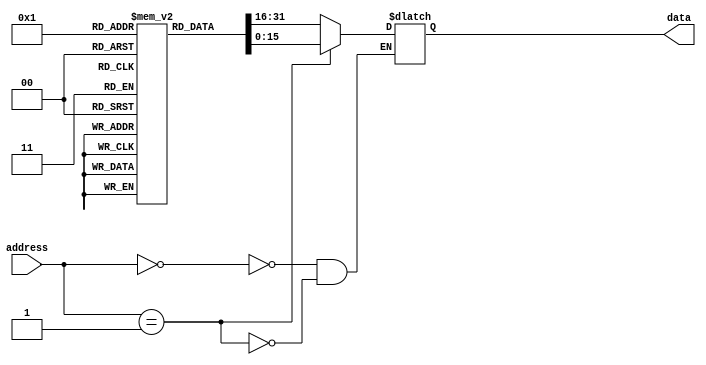
module otp_rom
(
    input wire [address_width-1:0] address,
    output reg [data_width-1:0] data
);

parameter address_width = 8; // Define address width
parameter data_width = 16; // Define data width

reg [data_width-1:0] memory [2**address_width-1:0];

// Initialize memory cells during manufacturing process
initial begin
    // Initialize memory cells with desired data values
    memory[0] = 16'hABCD;
    memory[1] = 16'h1234;
    // Add more memory cell initialization as needed
    // More memory cells can be added as per requirements
end

// Read operation logic
always @(*) begin
    case (address)
        // Read data from memory based on address
        8'h00: data = memory[0];
        8'h01: data = memory[1];
        // Add more cases for additional memory locations
        // More cases can be added for accessing data from additional memory cells
    endcase
end

endmodule